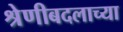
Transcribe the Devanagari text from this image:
श्रेणीबदलाच्या